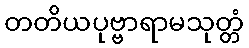
တတိယပုဗ္ဗာရာမသုတ္တံ